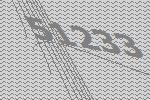
51233